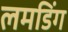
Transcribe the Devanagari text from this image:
लमडिंग